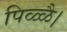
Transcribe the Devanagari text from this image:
पिळ्ळै।